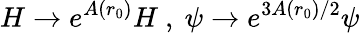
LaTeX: H\rightarrow e^{A(r_{0})}H\mathrm{~,~}\psi\rightarrow e^{3A(r_{0})/2}\psi